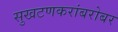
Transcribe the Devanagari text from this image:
सुखटणकरांबरोबर